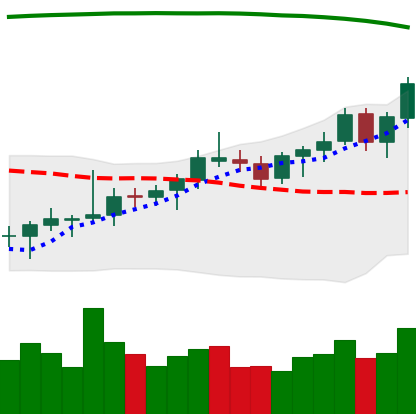
Ticker: BNB-USD
Chart end date: 2021-08-10
Forward return: 11.464%
Label: up_7plus